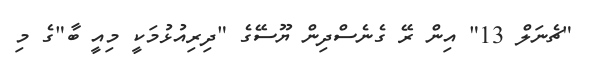
"ޗެނަލް 13" އިން ރޭ ގެނެސްދިން ޔޫސޭގެ "ދިރިއުޅުމަކީ މިއީ ބާ"ގެ މި